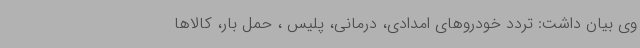
وی بیان داشت: تردد خودروهای امدادی، درمانی، پلیس ، حمل بار، کالاها